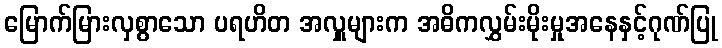
မြောက်မြားလှစွာသော ပရဟိတ အလှူများက အဓိကလွှမ်းမိုးမှုအနေနှင့်ဂုဏ်ပြု